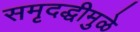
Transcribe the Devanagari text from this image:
समृदद्धीमुळे